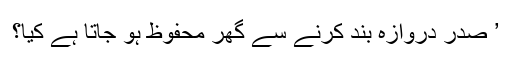
’ صدر دروازہ بند کرنے سے گھر محفوظ ہو جاتا ہے کیا؟